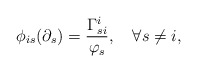
\begin{align*} \phi_{is}(\partial_s)=\frac{\Gamma_{si}^i}{\varphi_s},\quad\forall s\neq i, \end{align*}